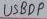
Text: USBDP